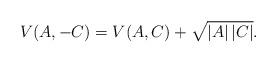
LaTeX: \begin{align*} V(A,-C) = V(A,C)+\sqrt{|A|\,|C|}.\end{align*}